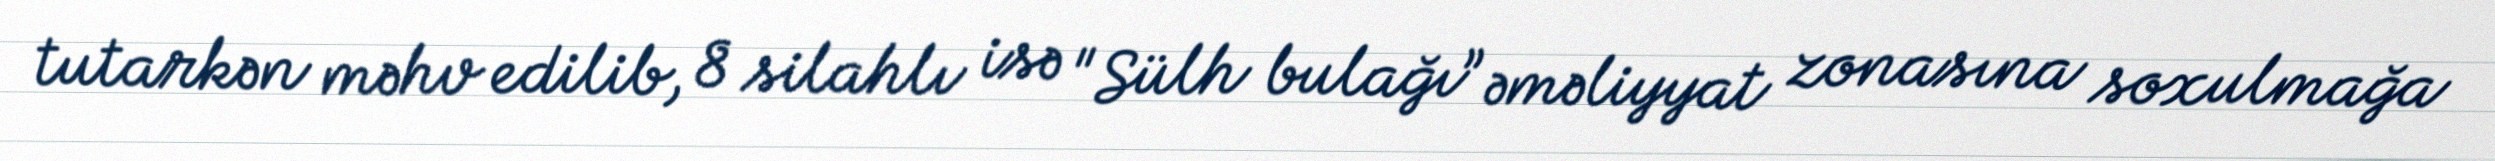
tutarkən məhv edilib, 8 silahlı isə "Sülh bulağı” əməliyyat zonasına soxulmağa